Lunatic asylums Madras 1877-1891 - 1877-1891
Year: 1877
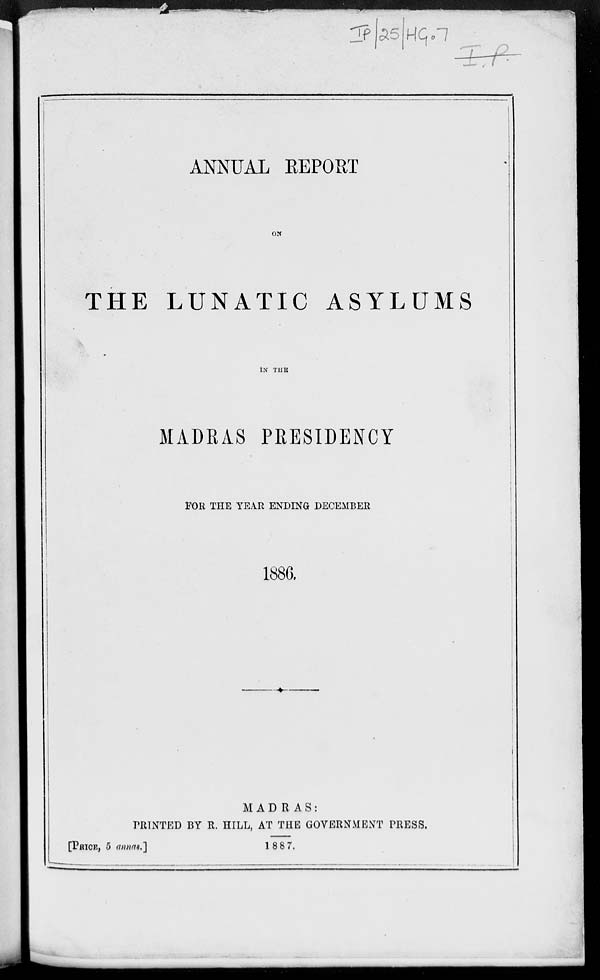
ANNUAL REPORT
ON
THE LUNATIC ASYLUMS
IN THE
MADRAS PRESIDENCY
FOR THE YEAR ENDING DECEMBER
1886.
MADRAS:
PRINTED BY R. HILL, AT THE GOVERNMENT PRESS.
1887.
[PRICE, 5 annas.]